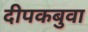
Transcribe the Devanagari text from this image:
दीपकबुवा